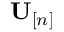
{ \mathbf U } _ { [ n ] }